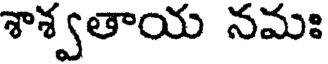
శాశ్వతాయ నమః